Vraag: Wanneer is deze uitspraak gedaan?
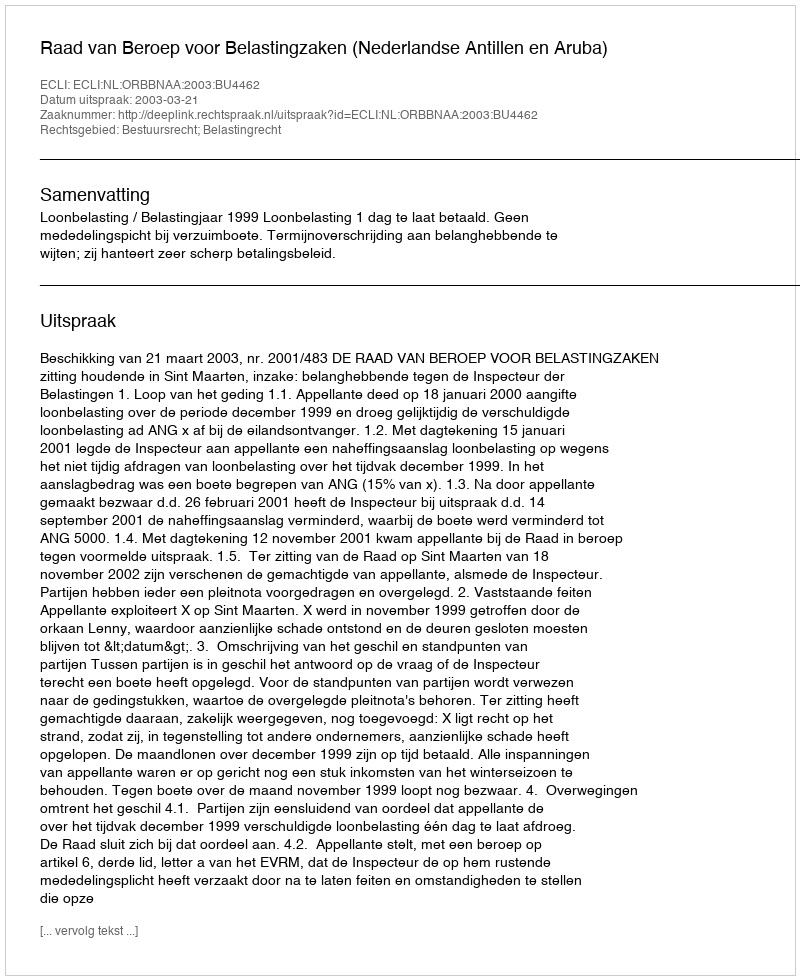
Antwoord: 2003-03-21